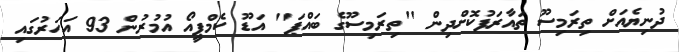
ދުނިޔެއަށް ތިރަމިސޫ ތައާރަފުކޮށްދިން ''ތިރަމިސޫގެ ބައްޕަ'' އަޑޫ ކެމްޕީއޯ އުމުރުން 93 އަހަރުގައި